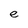
Character: e